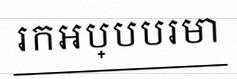
រកអប្បបរមា